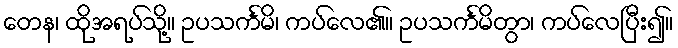
တေန၊ ထိုအရပ်သို့။ ဥပသင်္ကမိ၊ ကပ်လေ၏။ ဥပသင်္ကမိတွာ၊ ကပ်လေပြီး၍။